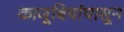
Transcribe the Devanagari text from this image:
काजूबियांपासून